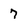
Character: 7